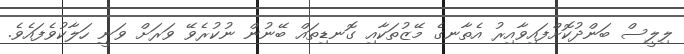
ލިލީސް ބަންދުކޮށްފައިވާއިރު އެތާނގެ މޭޒުތަކާއި ގޮނޑިތައް ބޭނުން ނުކުރެވޭ ވަރަށް ވަނީ ހަލާކުވެފައެވެ.